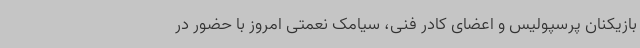
بازیکنان پرسپولیس و اعضای کادر فنی، سیامک نعمتی امروز با حضور در